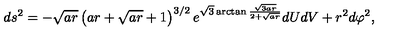
d s ^ { 2 } = - \sqrt { a r } \left( a r + \sqrt { a r } + 1 \right) ^ { 3 / 2 } e ^ { \sqrt { 3 } \arctan \frac { \sqrt { 3 a r } } { 2 + \sqrt { a r } } } d U d V + r ^ { 2 } d \varphi ^ { 2 } ,